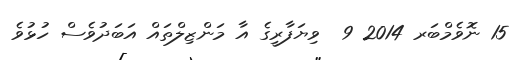
15 ނޮވެމްބަރ 2014 9  ވިޔަފާރީގެ އާ މަންޒިލްތައް އަބަދުވެސް ހުޅުވެ